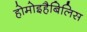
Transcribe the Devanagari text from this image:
होमोइहैबिलिस